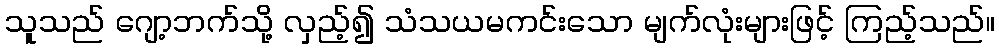
သူသည် ဂျော့ဘက်သို့ လှည့်၍ သံသယမကင်းသော မျက်လုံးများဖြင့် ကြည့်သည်။